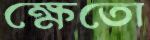
ক্ষেতো